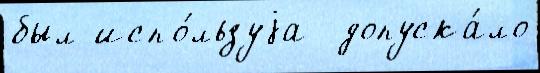
был испо́льзуjа  допуска́ло